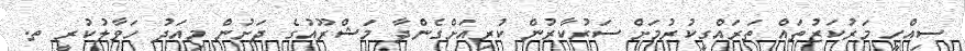
ސިއްހީ މަރުކަޒުތައް ތަރައްގީކުރުމަށް ސަރުކާރުން ކުރިއަށްގެންދާ މަޝްރޫއުގެ ދަށުން މިއަދު ހަވާލުކުރީ ތ.